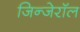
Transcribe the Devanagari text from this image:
जिन्जेरॉल